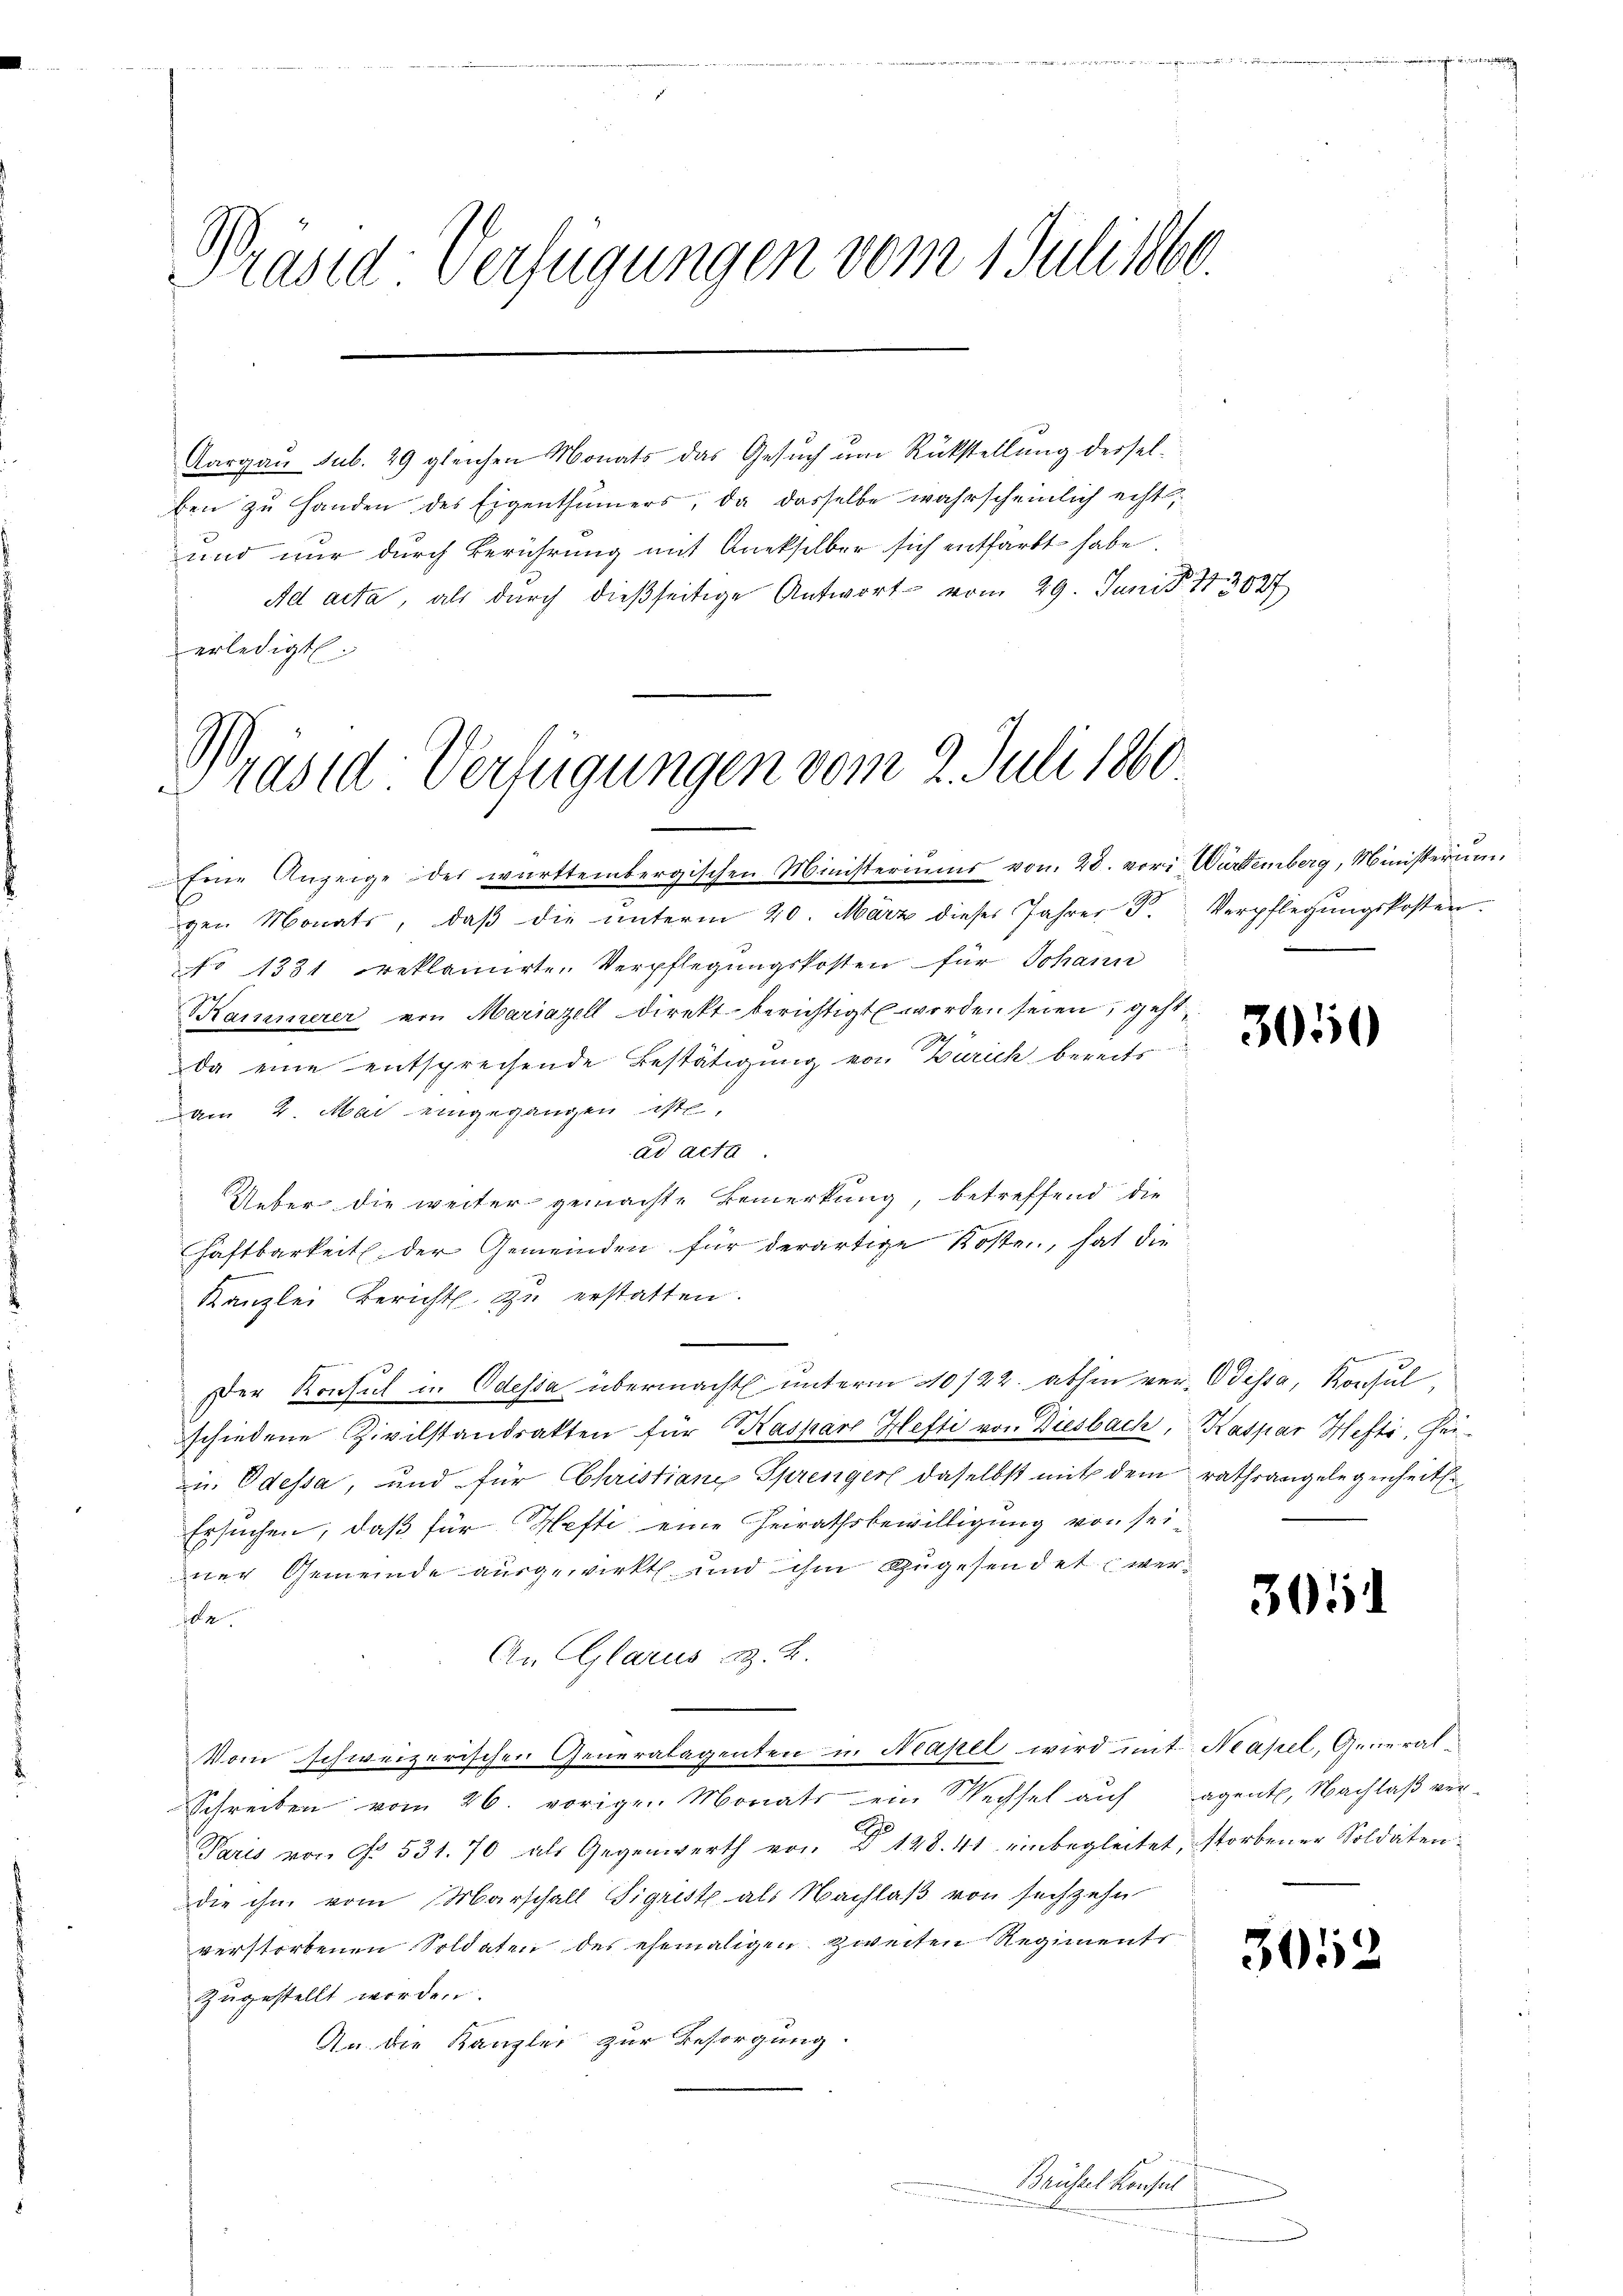
Präsid-Verfügungen vom 1 Juli 1860.

Aargau sub. 29 gleichen Monats das Gesuch um Rückstellung derselben zu Handen des Eigenthümers, da dasselbe wahrscheinlich echt¬
und nur durch Berührung mit Aneksilber sich entfärbt habe.
Ad acta, als durch dießseitige Antwort vom 29. Juni 183027
erledigt.

Präsid-Verfügungen vom 2. Juli 1860.

Eine Anzeige des württembergischen Ministeriums von 28. vori Würtemberg, Ministeriu
gen Monats, daß die unterm 20. März dieses Jahrer B
No 1331 reklamirte Verpflegŭngskosten für Johann
Kammerer von Mariazell direkt berichtigt werden seien, geht,
da eine entsprechende Bestätigung von Zürich bereits
am 4. Mai eingegangen ist,
ad acta.
Ueber die weiter gemachte Bemerkung, betreffend die
haftbarkeit der Gemeinden für derartige Kosten, hat die
Kanzlei Bericht zu erstatten.
Der Konsul in Odessa übermacht unterm 10/22. abhin ver- Odessa, Konsul,
schiedene Civilstandsakten für Kaspare Hefti von Diesbach, Kaspar Hefti, Hei¬
u. Odessa, und für Christiane Sprenger daselbst mit dem rathsangelegenheit.
Ersuchen, daß für Hefti eine Heirathsbewilligung von sei-
ner Gemeinde ausgewirkt und ihm zugesendet wera
An (Glarus i. B.
Vom schweizerischen Generalagenten in Mapel wird mit Neapel, General-
Schreiben vom 26. vorigen Monats ein Wechsel auf sagentl. Nachlaß ver¬
Paris von No. 531. 70 als Gegenwerth von § 128. 41 einbegleitet, storbener Soldatendie ihm vom Marschall Sigrist als Nachlaß von sechzehn
verstorbenen Soldaten des ehemaligen zweiten Regiments
zugestellt worden.
An die Kanzlei zur Besorgung.

Brüssel Konsul
h

d
Verpflegungskosten.

3050

305

3052